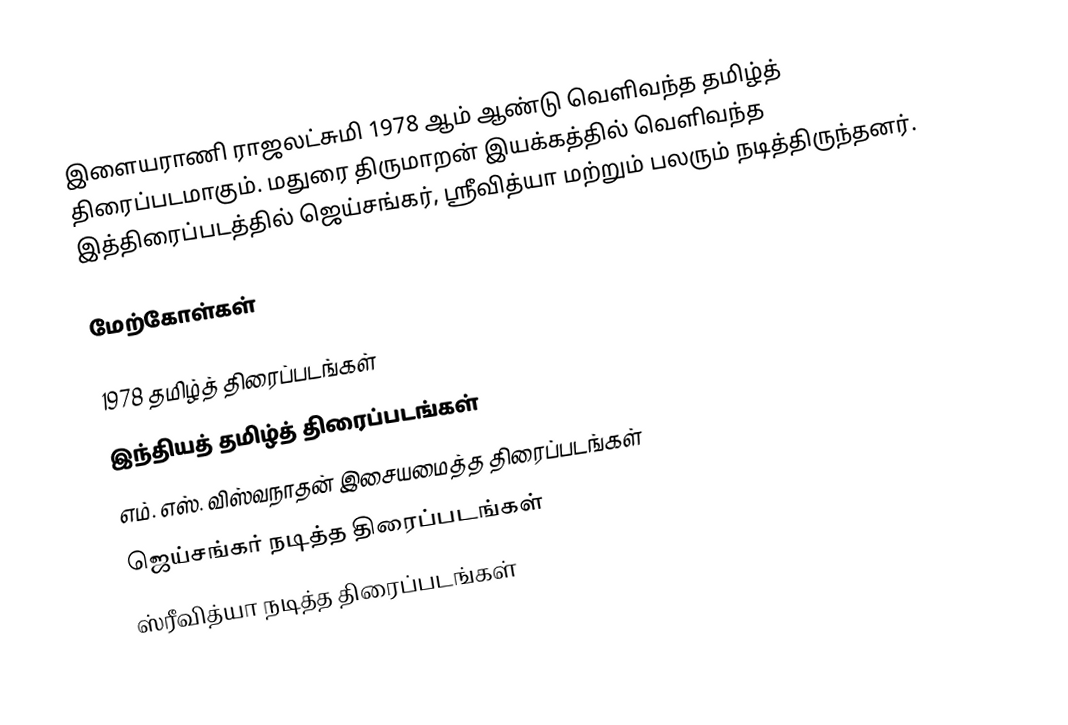
இளையராணி ராஜலட்சுமி 1978 ஆம் ஆண்டு வெளிவந்த தமிழ்த் திரைப்படமாகும். மதுரை திருமாறன் இயக்கத்தில் வெளிவந்த இத்திரைப்படத்தில் ஜெய்சங்கர், ஸ்ரீவித்யா மற்றும் பலரும் நடித்திருந்தனர்.

மேற்கோள்கள்

1978 தமிழ்த் திரைப்படங்கள்
இந்தியத் தமிழ்த் திரைப்படங்கள்
எம். எஸ். விஸ்வநாதன் இசையமைத்த திரைப்படங்கள்
ஜெய்சங்கர் நடித்த திரைப்படங்கள்
ஸ்ரீவித்யா நடித்த திரைப்படங்கள்